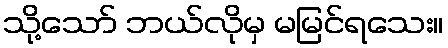
သို့သော် ဘယ်လိုမှ မမြင်ရသေး။